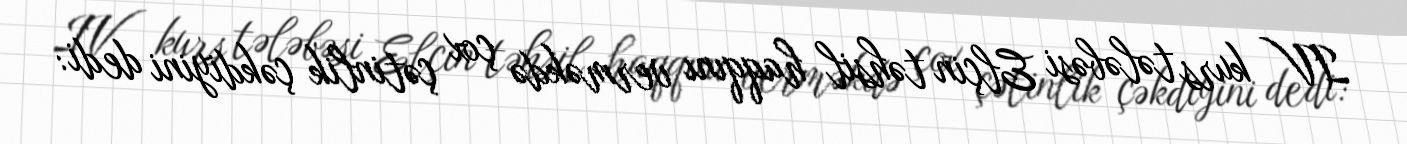
IV kurs tələbəsi Elçin təhsil haqqını verməkdə çox çətinlik çəkdiyini dedi: